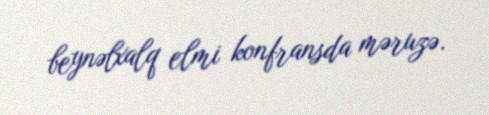
beynəlxalq elmi konfransda məruzə.